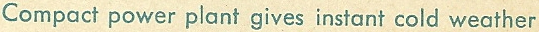
Compact power plant gives instant cold weather